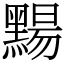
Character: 䵮